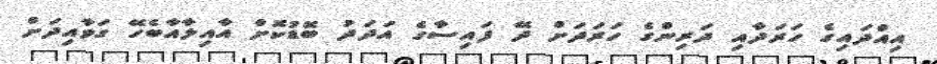
އިއްދައިގެ ހަރަދާއި ދަރިންގެ ހަރަަދަށް ދޭ ފައިސާގެ އަދަދު ބޮޑުކޮށް އާއިލާއާބެހޭ ގަވާއިދަށް